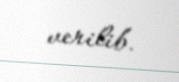
verilib.